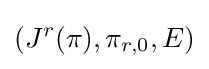
(J^{r}(\pi ),\pi _{r,0},E)